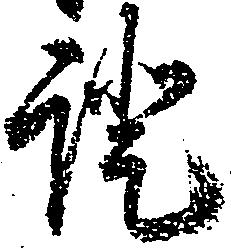
証